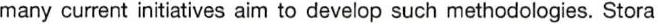
many current initiatives aim to develop such methodologies. Stora